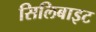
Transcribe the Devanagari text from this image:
सिलिबाइट